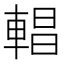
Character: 𨍆